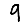
Digit: 9